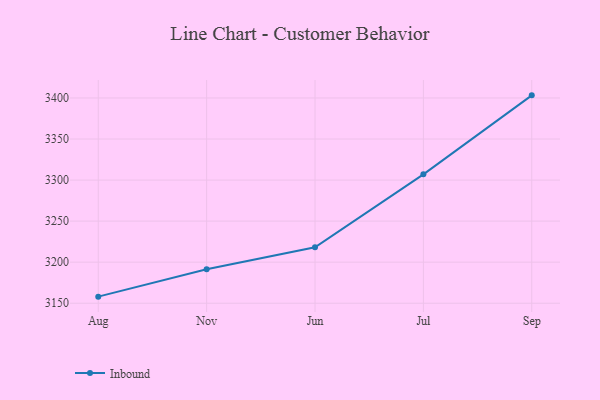
{"axis": {"x": "Month", "y": "Net Income (USD K)"}, "legend": ["Inbound"], "data": [{"x": "Aug", "y": 3158.0, "type": "Inbound"}, {"x": "Nov", "y": 3191.3, "type": "Inbound"}, {"x": "Jun", "y": 3218.1, "type": "Inbound"}, {"x": "Jul", "y": 3307.0, "type": "Inbound"}, {"x": "Sep", "y": 3403.2, "type": "Inbound"}]}